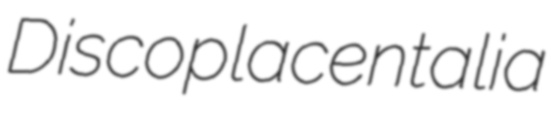
Discoplacentalia